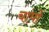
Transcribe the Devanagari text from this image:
चांपों